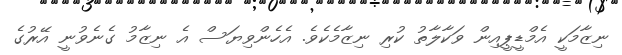
ނިޒާމަކީ އެމްޑީޕީއިން ވަކާލާތު ކުރި ނިޒާމެކެވެ. އެހެންވިޔަސް އެ ނިޒާމު ގެނެވުނީ އޭރުގެ